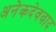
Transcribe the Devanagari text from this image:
अनेकदेववाद